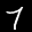
Label: 7